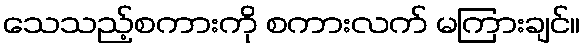
သေသည့်စကားကို စကားလက် မကြားချင်။